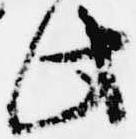
此